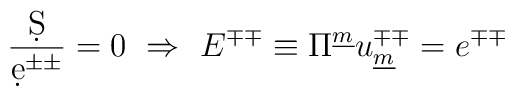
{\d S\over{\d e^{\pm\pm}}} = 0 ~\Rightarrow~E^{\mp\mp} \equiv \Pi^{\underline{m}}u_{\underline{m}}^{\mp\mp} = e^{\mp\mp }